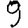
Digit: 9